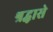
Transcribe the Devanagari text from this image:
श्रद्धासे